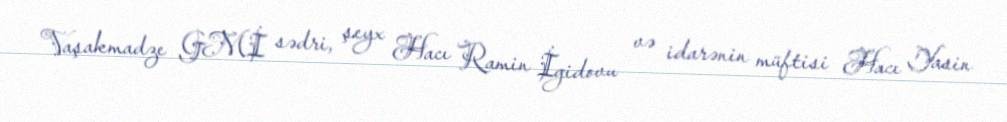
Vaşakmadze GMİ sədri, şeyx Hacı Ramin İgidovu və idarənin müftisi Hacı Yasin